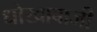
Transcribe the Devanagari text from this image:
धोखाबाजी